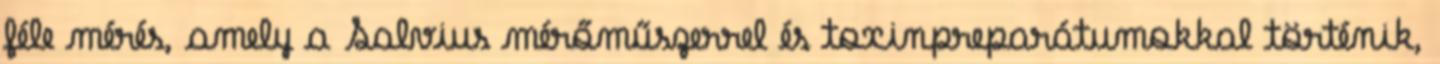
féle mérés, amely a Salvius mérőműszerrel és toxinpreparátumokkal történik,